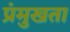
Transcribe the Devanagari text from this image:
प्रंमुखता